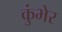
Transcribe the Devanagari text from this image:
कुंभेर